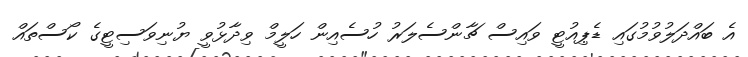
އެ ބައްދަލުވުމުގައި ޑެޕިއުޓީ ވައިސް ޗާންސެލަރު ހުސެއިން ހަލީމް ވިދާޅުވީ ޔުނިވަސިޓީގެ ކޯސްތައް